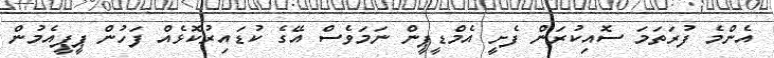
އެންމެ ފުރަތަމަ ސޮއިކުރަން ފެށީ އެމްޑީޕީން ނަމަވެސް އޭގެ ކުޑައިރުކޮޅެއް ފަހުން ޕީޕީއެމުން